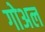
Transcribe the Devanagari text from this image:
गोअल